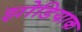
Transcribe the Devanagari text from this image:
झोडियाक